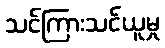
သင်ကြားသင်ယူမှု